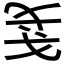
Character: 𰒥